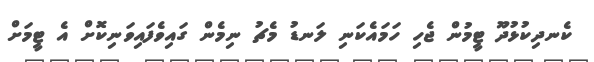
ކެނދިކުޅުދޫ ޓީމުން ޖެހި ހަމައެކަނި ލަނޑު މެޗު ނިމެން ގައިވެފައިވަނިކޮށް އެ ޓީމަށް